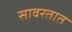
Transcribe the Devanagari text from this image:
सावरतात